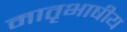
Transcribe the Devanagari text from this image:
मातृभाषीय